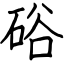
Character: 硲